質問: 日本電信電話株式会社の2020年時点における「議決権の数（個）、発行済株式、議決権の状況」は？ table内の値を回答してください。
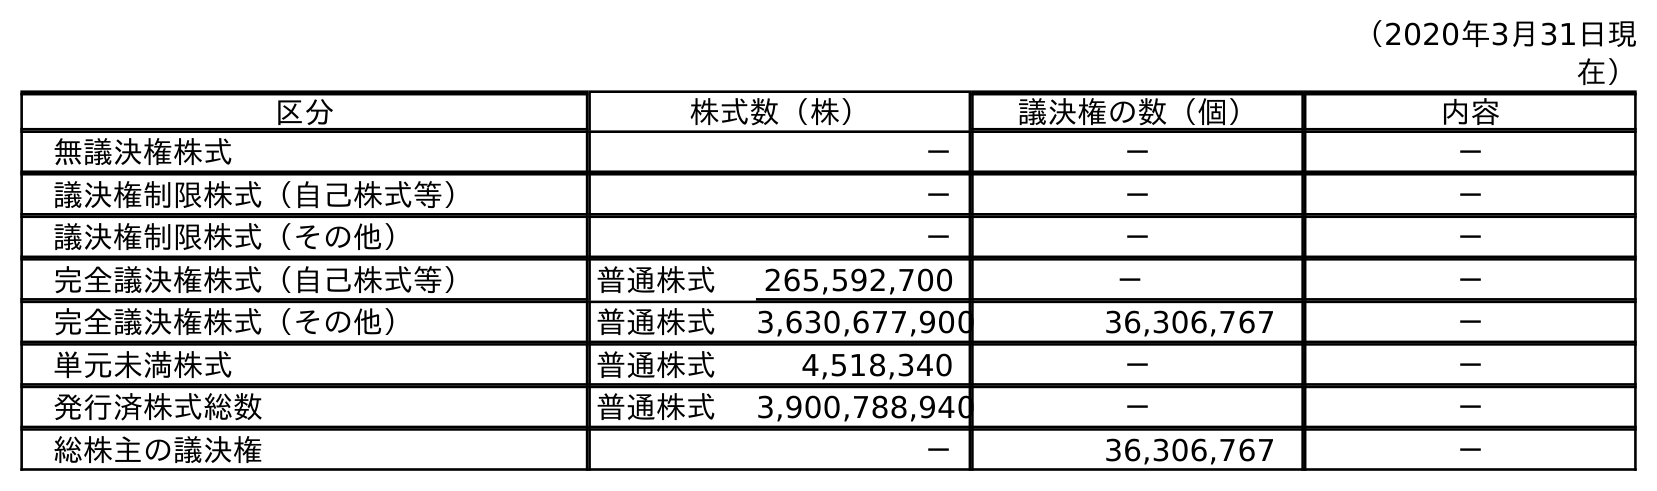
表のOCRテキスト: （2020年3月31日現 在） 区分 株式数（株） 議決権の数（個） 内容 無議決権株式 － － － 議決権制限株式（自己株式等） － － － 議決権制限株式（その他） － － － 完全議決権株式（自己株式等） 普通株式 265,592,700 － － 完全議決権株式（その他） 普通株式 3,630,677,900 36,306,767 － 単元未満株式 普通株式 4,518,340 － － 発行済株式総数 普通株式 3,900,788,940 － － 総株主の議決権 － 36,306,767 －
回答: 36,306,767